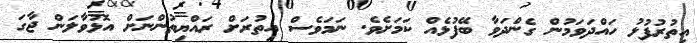
އިތުރުފުޅު ހައްދަވަމުން ގެންދަވާ ބޭފުޅެއް ކަމަށެވެ. ނަމަވެސް އިތުރަށް ރައްޔިތުންނަށް އޮޅުވާލަން ޖާގަ